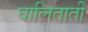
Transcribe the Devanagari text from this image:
घालिताती